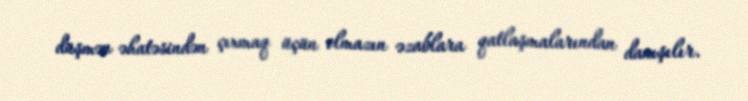
düşmən əhatəsindən çıxmaq üçün olmazın əzablara qatlaşmalarından danışılır.